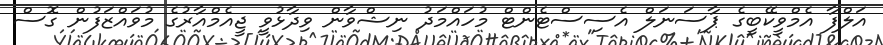
އަލްފާ އެމްވީކޭބީގެ ޕާސަނަލް އެސިސްޓެންޓް މުހައްމަދު ނިޝްވާން ވިދާޅުވީ ޖީއެމްއާރުގެ މުވައްޒަފުން ގޮސް